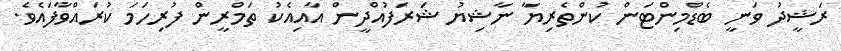
ރަޝީދު ވަނީ ބެޑްމިންޓަން ކުުންތެރިޔާ ނާޝިޔު ޝަރަފުއްދީން އާއިއެކު ތަމްރީން ފުރިހަމަ ކުރައްވާފައެވެ.